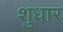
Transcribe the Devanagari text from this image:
शुधार